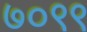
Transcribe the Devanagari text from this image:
७०९९